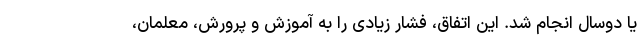
یا دوسال انجام شد. این اتفاق، فشار زیادی را به آموزش و پرورش، معلمان،